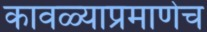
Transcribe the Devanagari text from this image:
कावळ्याप्रमाणेच